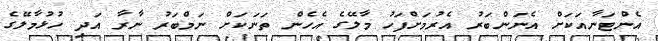
އެންޓަނާއަކަށް އެނަންބަރު އެރުމަށްފަހު މާލޭގެ އެހެން ތަނަކަށް ނަމްބަރު ނާރާ އަދި ހުޅުމާލޭގެ